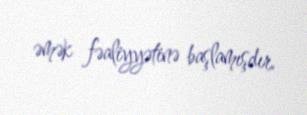
əmək fəaliyyətinə başlamışdır.